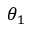
\theta _ { 1 }